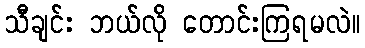
သီချင်း ဘယ်လို တောင်းကြရမလဲ။